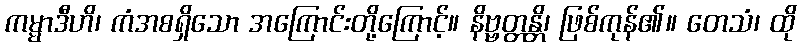
ကမ္မာဒီဟိ၊ ကံအစရှိသော အကြောင်းတို့ကြောင့်။ နိဗ္ဗတ္တန္တိ၊ ဖြစ်ကုန်၏။ တေသံ၊ ထို